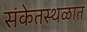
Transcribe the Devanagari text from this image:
संकेतस्थळात